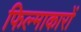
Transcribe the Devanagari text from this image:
फिल्माकारों